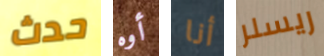
حدث أوه أنا ريسلر